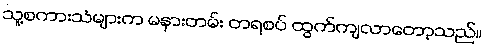
သူ့စကားသံများက မနားတမ်း တရစပ် ထွက်ကျလာတော့သည်။